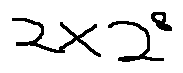
2 \times 2 ^ { 8 }